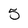
Character: 5